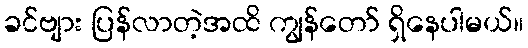
ခင်ဗျား ပြန်လာတဲ့အထိ ကျွန်တော် ရှိနေပါမယ်။